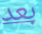
بعد